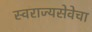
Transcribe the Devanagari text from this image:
स्वराज्यसेवेचा